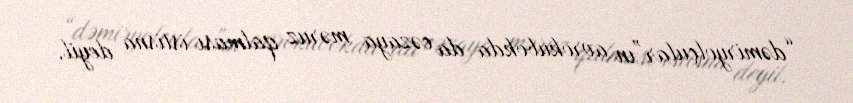
“dəmiryolçular”ın avrokubokda da cəzaya məruz qalması istisna deyil.